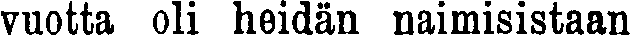
vuotta oli heidän naimisistaan